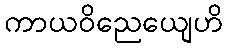
ကာယဝိညေယျေဟိ